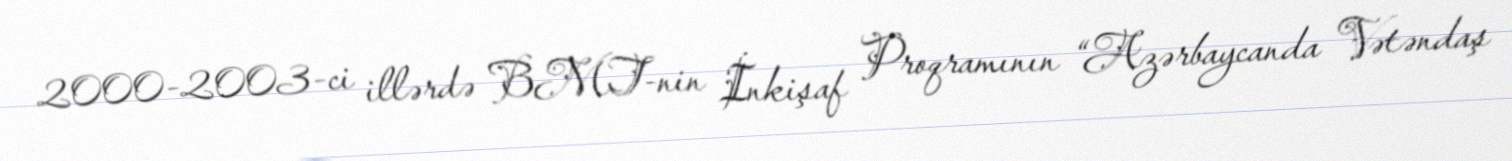
2000-2003-ci illərdə BMT-nin İnkişaf Proqramının “Azərbaycanda Vətəndaş